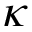
\boldsymbol { \kappa }